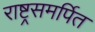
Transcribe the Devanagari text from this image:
राष्ट्रसमर्पित